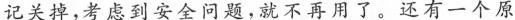
记关掉，考虑到安全问题，就不再用了。还有一个原